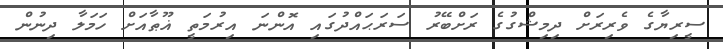
ސީރިޔާގެ ވެރިރަށް ދިމިޝްގުގެ ރަށްބޭރު ސަރަޙައްދުގައި އޮންނަ އިރުމަތީ ޣޫޠާއަށް ހަމަލާ ދިނުން